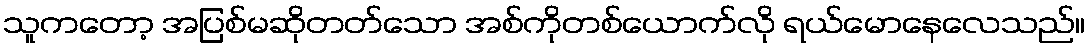
သူကတော့ အပြစ်မဆိုတတ်သော အစ်ကိုတစ်ယောက်လို ရယ်မောနေလေသည်။